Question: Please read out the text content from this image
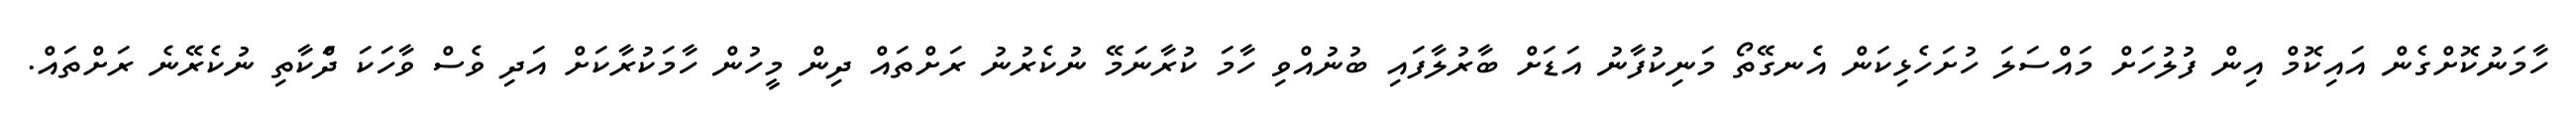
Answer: ހާމަނުކޮށްގެން އައިކޮމް އިން ފުލުހަށް މައްސަލަ ހުށަހެޅިކަން އެނގޭތޯ މަނިކުފާނު އަޑަށް ބާރުލާފައި ބުނުއްވި ހާމަ ކުރާނަމޭ ނުކެރުނު ރަށްތައް ދިން މީހުން ހާމަކުރާކަށް އަދި ވެސް ވާހަކަ ދަްކާތި ނުކެރޭނެ ރަށްތައް.